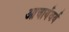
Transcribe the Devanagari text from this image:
आचार्यवर्य